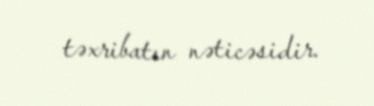
təxribatın nəticəsidir.